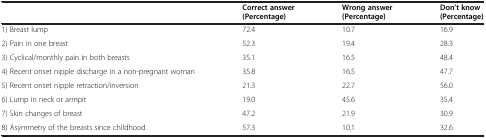
<table><thead><tr><td>[EMPTY_CELL]</td><td><b>Correct answer (Percentage)</b></td><td><b>Wrong answer (Percentage)</b></td><td><b>Don’t know (Percentage)</b></td></tr></thead><tbody><tr><td>1) Breast lump</td><td>72.4</td><td>10.7</td><td>16.9</td></tr><tr><td>2) Pain in one breast</td><td>52.3</td><td>19.4</td><td>28.3</td></tr><tr><td>3) Cyclical/monthly pain in both breasts</td><td>35.1</td><td>16.5</td><td>48.4</td></tr><tr><td>4) Recent onset nipple discharge in a non-pregnant woman</td><td>35.8</td><td>16.5</td><td>47.7</td></tr><tr><td>5) Recent onset nipple retraction/inversion</td><td>21.3</td><td>22.7</td><td>56.0</td></tr><tr><td>6) Lump in neck or armpit</td><td>19.0</td><td>45.6</td><td>35.4</td></tr><tr><td>7) Skin changes of breast</td><td>47.2</td><td>21.9</td><td>30.9</td></tr><tr><td>8) Asymmetry of the breasts since childhood</td><td>57.3</td><td>10.1</td><td>32.6</td></tr></tbody></table>